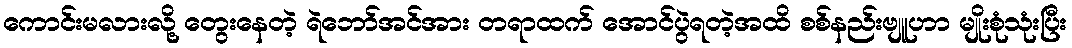
ကောင်းမလားလို့ တွေးနေတဲ့ ရဲဘော်အင်အား တရာထက် အောင်ပွဲရတဲ့အထိ စစ်နည်းဗျူဟာ မျိုးစုံသုံးပြီး